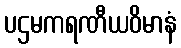
ပဌမကရဏီယဝိမာနံ